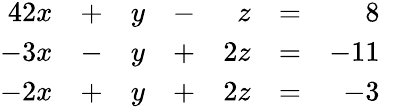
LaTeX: {\begin{array}{rlrlrlrl}{{4}2x}&{+}&{y}&{-}&{z}&{=}&{8}&{}\\ {-3x}&{-}&{y}&{+}&{2z}&{=}&{-11}&{}\\ {-2x}&{+}&{y}&{+}&{2z}&{=}&{-3}&{}\end{array}}